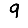
Digit: 9